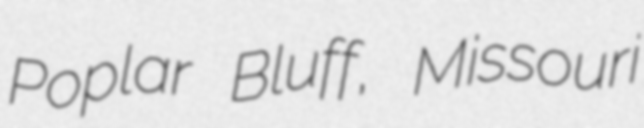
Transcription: Poplar Bluff, Missouri